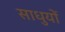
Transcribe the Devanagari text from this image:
साधुयों